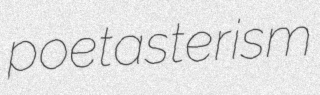
poetasterism